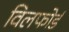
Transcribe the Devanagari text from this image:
विलफोर्ड